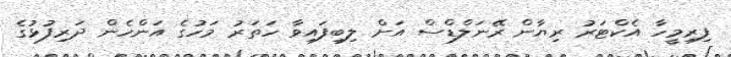
ފިރިމީހާ އެކްޓަރު ރިޔާން ރޭނަލްޑްސް އަށް ލިބިފައިވާ ހަތަރު މަހުގެ އަންހެން ދަރިފުޅުގެ